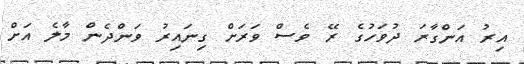
އިރު އަންގާރަ ދުވަހުގެ ރޭ ވެސް ވަރަށް ގިނައިރު ވަންދެން މާލެ އަށް